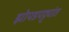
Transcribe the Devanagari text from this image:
झोपडपट्ट्यांत